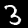
Digit: 3